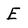
Character: E